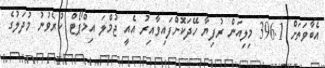
އެބާވަތަށް 396.1 މިލިއަން ރުފިޔާ ހޭދަކޮށްފައިވާއިރު އެއީ ޖުމްލަ އިމްޕޯޓް ކުރެވުނު މުދަލުގެ